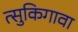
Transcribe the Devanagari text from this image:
त्सुकिगावा